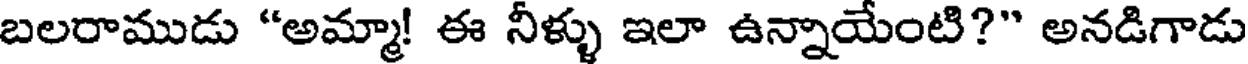
బలరాముడు "అమ్మా! ఈ నీళ్ళు ఇలా ఉన్నాయేంటి?" అనడిగాడు